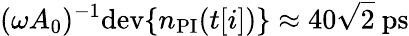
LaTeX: (\omega A_{0})^{-1}\mathrm{dev}\{ n_{\mathrm{PI}}(t[i])\} \approx 40\sqrt{2}~\mathrm{ps}